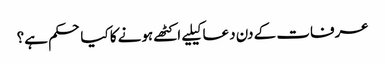
عرفات کے دن دعا کیلیے اکٹھے ہونے کا کیا حکم ہے؟